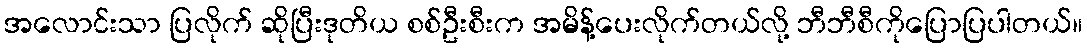
အလောင်းသာ ပြလိုက် ဆိုပြီးဒုတိယ စစ်ဦးစီးက အမိန့်ပေးလိုက်တယ်လို့ ဘီဘီစီကိုပြောပြပါတယ်။